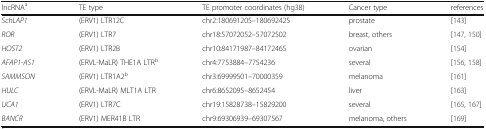
<table><thead><tr><td><b>lncRNA<sup>a</sup></b></td><td><b>TE type</b></td><td><b>TE promoter coordinates (hg38)</b></td><td><b>Cancer type</b></td><td><b>references</b></td></tr></thead><tbody><tr><td><i>SchLAP1</i></td><td>(ERV1) LTR12C</td><td>chr2:180691205–180692425</td><td>prostate</td><td>[143]</td></tr><tr><td><i>ROR</i></td><td>(ERV1) LTR7</td><td>chr18:57072052–57072502</td><td>breast, others</td><td>[147, 150]</td></tr><tr><td><i>HOST2</i></td><td>(ERV1) LTR2B</td><td>chr10:84171987–84172465</td><td>ovarian</td><td>[154]</td></tr><tr><td><i>AFAP1-AS1</i></td><td>(ERVL-MaLR) THE1A LTR<sup>b</sup></td><td>chr4:7753884–7754236</td><td>several</td><td>[156, 158]</td></tr><tr><td><i>SAMMSON</i></td><td>(ERV1) LTR1A2<sup>b</sup></td><td>chr3:69999501–70000359</td><td>melanoma</td><td>[161]</td></tr><tr><td><i>HULC</i></td><td>(ERVL-MaLR) MLT1A LTR</td><td>chr6:8652095–8652454</td><td>liver</td><td>[163]</td></tr><tr><td><i>UCA1</i></td><td>(ERV1) LTR7C</td><td>chr19:15828738–15829200</td><td>several</td><td>[165, 167]</td></tr><tr><td><i>BANCR</i></td><td>(ERV1) MER41B LTR</td><td>chr9:69306939–69307567</td><td>melanoma, others</td><td>[169]</td></tr></tbody></table>